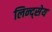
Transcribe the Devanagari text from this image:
लिन्द्सेय